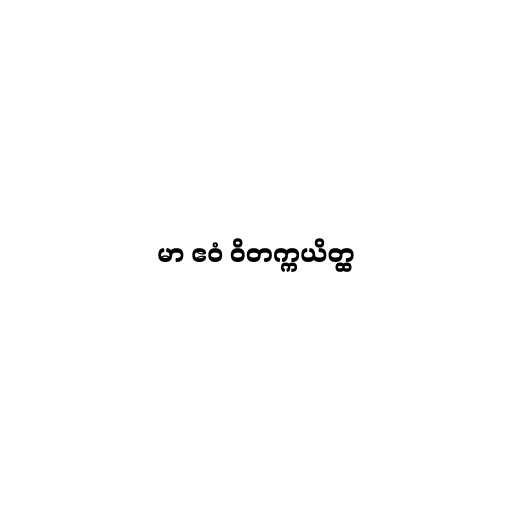
မာ ဧဝံ ဝိတက္ကယိတ္ထ